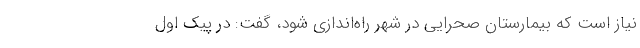
نیاز است که بیمارستان‌ صحرایی در شهر راه‌اندازی شود، گفت: در پیک اول